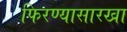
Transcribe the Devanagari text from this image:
फिरण्यासारखा